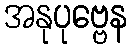
အနုပုဗ္ဗေန